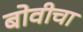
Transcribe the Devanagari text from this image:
बोवीचा